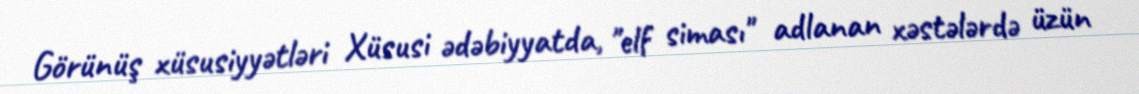
Görünüş xüsusiyyətləri Xüsusi ədəbiyyatda, "elf siması" adlanan xəstələrdə üzün